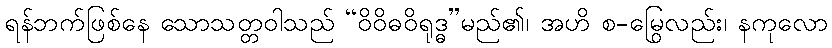
ရန်ဘက်ဖြစ်နေ သောသတ္တဝါသည် “ဝိဝိဓဝိရုဒ္ဓ”မည်၏၊ အဟိ စ-မြွေလည်း၊ နကုလော